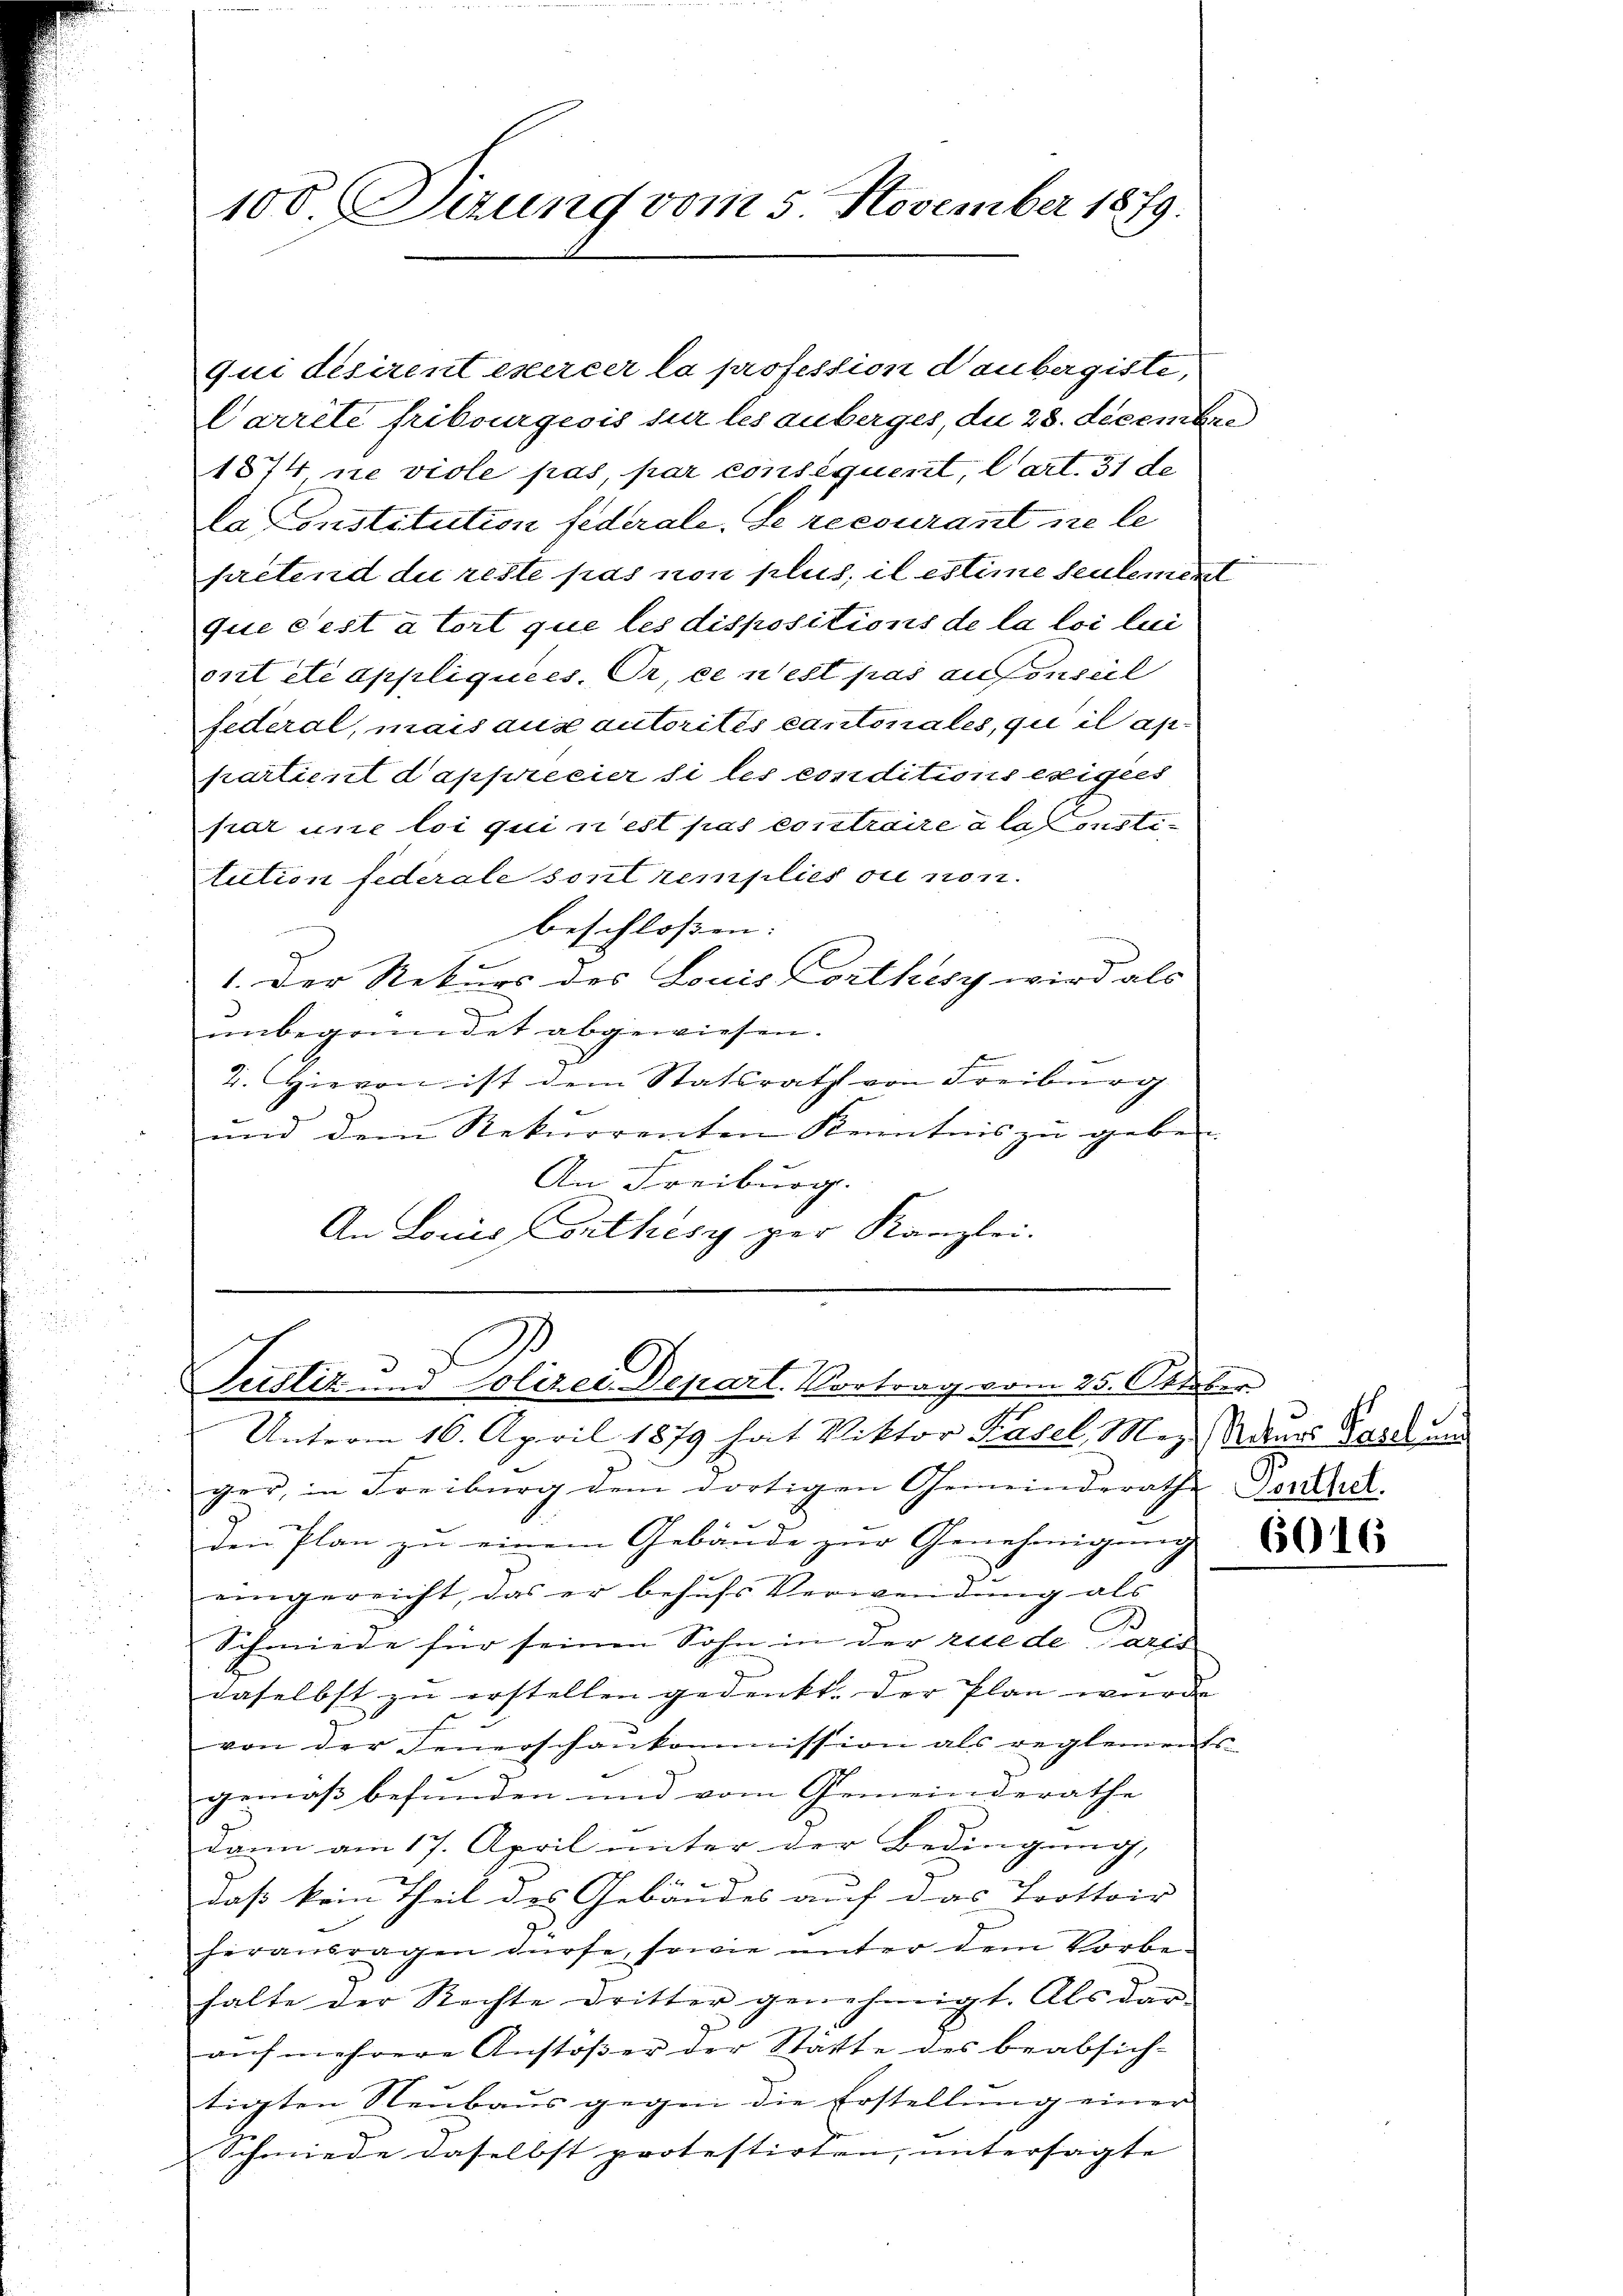
100. Sitzung vom 5. November 1879.

qui désirent exercer la profession daubergiste,
Carrête fribourgeois sur les anberges, du 28. decembre
1874, ne viole pas, par conséquent, Cart. 31 de
u
la Constitution federale. Se recourant ne le
pretend die reste pas non plus, il estime seulement
que c’est à tort que les dispositions de la loi lui
prit été appliquees. Dr. ce n’est pas aufenseil
federal, mais aus autorités cantonales, qui il ap
partient d’appreeier si les conditions exigées
par une loi qui n’est pas contraire à la sonstitution fiderale sont remplies ou non.
beschlossen: |
1. Der Rekurs des Louis Corthey wird als
unbegründet abgewiesen.
2. Hievon ist dem Statsrath von Freiburg
und dem Rekurrenten Kenntnis zu geben
An Freiburg.
An Louis Conthesy per Kanzlei.
i

Justiz und Polizei Depart. Vortrag vom 25. Oktober
Unterm 16. April 1879 hat Viktor Basel, Mez Naues Passun

ger, in Freiburg dem dortigen Gemeinderathe Dorthet.
den Plan zu einem Gebäude zur Genehmigung
eingereicht, das er behufs Verwendung als
Schmiede für seinen Sohn in der rue de Parts
daselbst zu erstellen gedenkt. Der Plan wurde
von der Feŭerschaukommission als reglements-
.
gemäß befunden und vom Gemeinderathe
dann am 17. April unter der Bedingung,
e
daß kein Theil des Gebäudes auf das Trottoir
herausragen dürfe, sowie unter dem Vorbehalte der Rechte dritter genehmigt. Als dar
auf mehrere Anstößer der Stätte des beabsich-
tigten Neubaus gegen die Erstellung einer
Schmiede daselbst protestirten, untersagte |

66